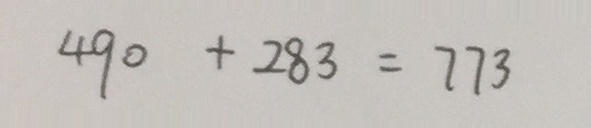
4 9 0 + 2 8 3 = 7 7 3